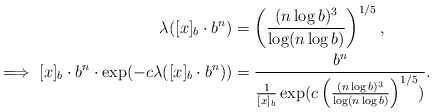
\begin{align*}\lambda ([x]_b \cdot b^n) &= \left(\frac{(n \log b)^3} {\log (n \log b)}\right)^{1/5},\\\implies [x]_b \cdot b^n \cdot \exp (-c \lambda ([x]_b \cdot b^n)) &= \frac{b^n}{\frac{1} {[x]_b} \exp (c \left(\frac{(n \log b)^3} {\log (n \log b)}\right)^{1/5})}.\end{align*}